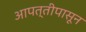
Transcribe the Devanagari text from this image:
आपत्तीपासून